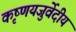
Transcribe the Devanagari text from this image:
कृष्णयजुर्वेदीय